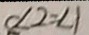
\angle 2 = \angle 1